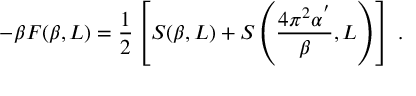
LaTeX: - \beta F ( \beta , L ) = \frac { 1 } { 2 } \left[ S ( \beta , L ) + S \left( \frac { 4 \pi ^ { 2 } \alpha ^ { ' } } { \beta } , L \right) \right] \; .